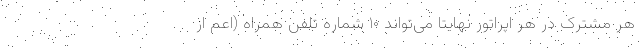
هر مشترک در هر اپراتور نهایتاً می‌تواند ۱۰ شماره تلفن همراه (اعم از